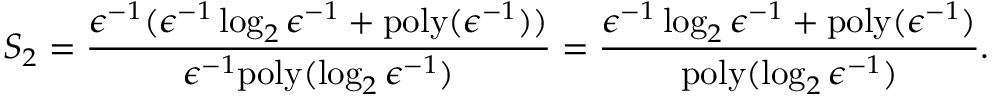
S _ { 2 } = \frac { \epsilon ^ { - 1 } ( \epsilon ^ { - 1 } \log _ { 2 } \epsilon ^ { - 1 } + \mathrm { p o l y } ( \epsilon ^ { - 1 } ) ) } { \epsilon ^ { - 1 } \mathrm { p o l y } ( \log _ { 2 } \epsilon ^ { - 1 } ) } = \frac { \epsilon ^ { - 1 } \log _ { 2 } \epsilon ^ { - 1 } + \mathrm { p o l y } ( \epsilon ^ { - 1 } ) } { \mathrm { p o l y } ( \log _ { 2 } \epsilon ^ { - 1 } ) } .